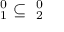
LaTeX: \mathbf { \Sigma } _ { 1 } ^ { 0 } \subseteq \mathbf { \Sigma } _ { 2 } ^ { 0 }